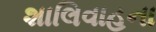
શાલિવાહના